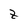
Character: t